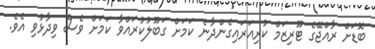
ބޮޑަށް ރާއްޖޭގެ ޓޫރިޒަމް ކުރިއަރައިގެންދާނެ ކަމަށް ގަބޫލުކުރައްވާ ކަމަށް ވެސް ވިދާޅުވި އެވެ.